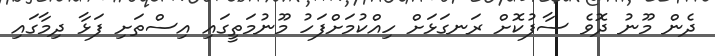
ދެން މޫނު ދޮވެ ސާފުކޮށް ރަނގަޅަށް ހިއްކުމަށްފަހު މޫނުމަތީގައި އިސްތަށި ފަޅާ ދިމާގައި